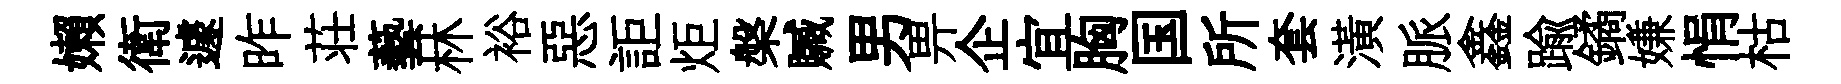
嬾衛遽昨荘藝林裕惡詎炬槃贓男畀企宜胸国所套潢脈鑫踰鐍嫌悁枯